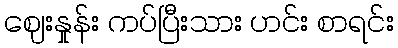
ဈေးနှုန်း ကပ်ပြီးသား ဟင်း စာရင်း